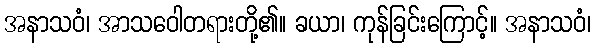
အနာသဝံ၊ အာသဝေါတရားတို့၏။ ခယာ၊ ကုန်ခြင်းကြောင့်။ အနာသဝံ၊